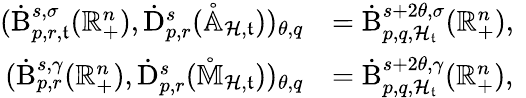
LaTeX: \begin{array}{rl}{(\dot{\mathrm{B}}_{p,r,\mathfrak{t}}^{s,\sigma}(\mathbb{R}_{+}^{n}),\dot{\mathrm{D}}_{p,r}^{s}(\mathring{\mathbb{A}}_{\mathcal{H},\mathfrak{t}}))_{\theta,q}}&{=\dot{\mathrm{B}}_{p,q,\mathcal{H}_{\mathfrak{t}}}^{s+2\theta,\sigma}(\mathbb{R}_{+}^{n})\mathrm{,~}}\\ {(\dot{\mathrm{B}}_{p,r}^{s,\gamma}(\mathbb{R}_{+}^{n}),\dot{\mathrm{D}}_{p,r}^{s}(\mathring{\mathbb{M}}_{\mathcal{H},\mathfrak{t}}))_{\theta,q}}&{=\dot{\mathrm{B}}_{p,q,\mathcal{H}_{\mathfrak{t}}}^{s+2\theta,\gamma}(\mathbb{R}_{+}^{n})\mathrm{,~}}\end{array}